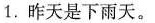
1.昨天是下雨天。